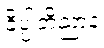
ခိပ္ပါဘိညာနံ